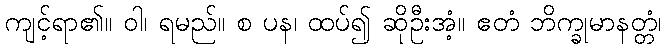
ကျင့်ရာ၏။ ဝါ၊ ရမည်။ စ ပန၊ ထပ်၍ ဆိုဦးအံ့။ ဧတံ ဘိက္ခုမာနတ္တံ၊